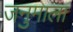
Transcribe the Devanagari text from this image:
जनुमाला